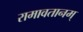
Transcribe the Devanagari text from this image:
रामावतानम्‌